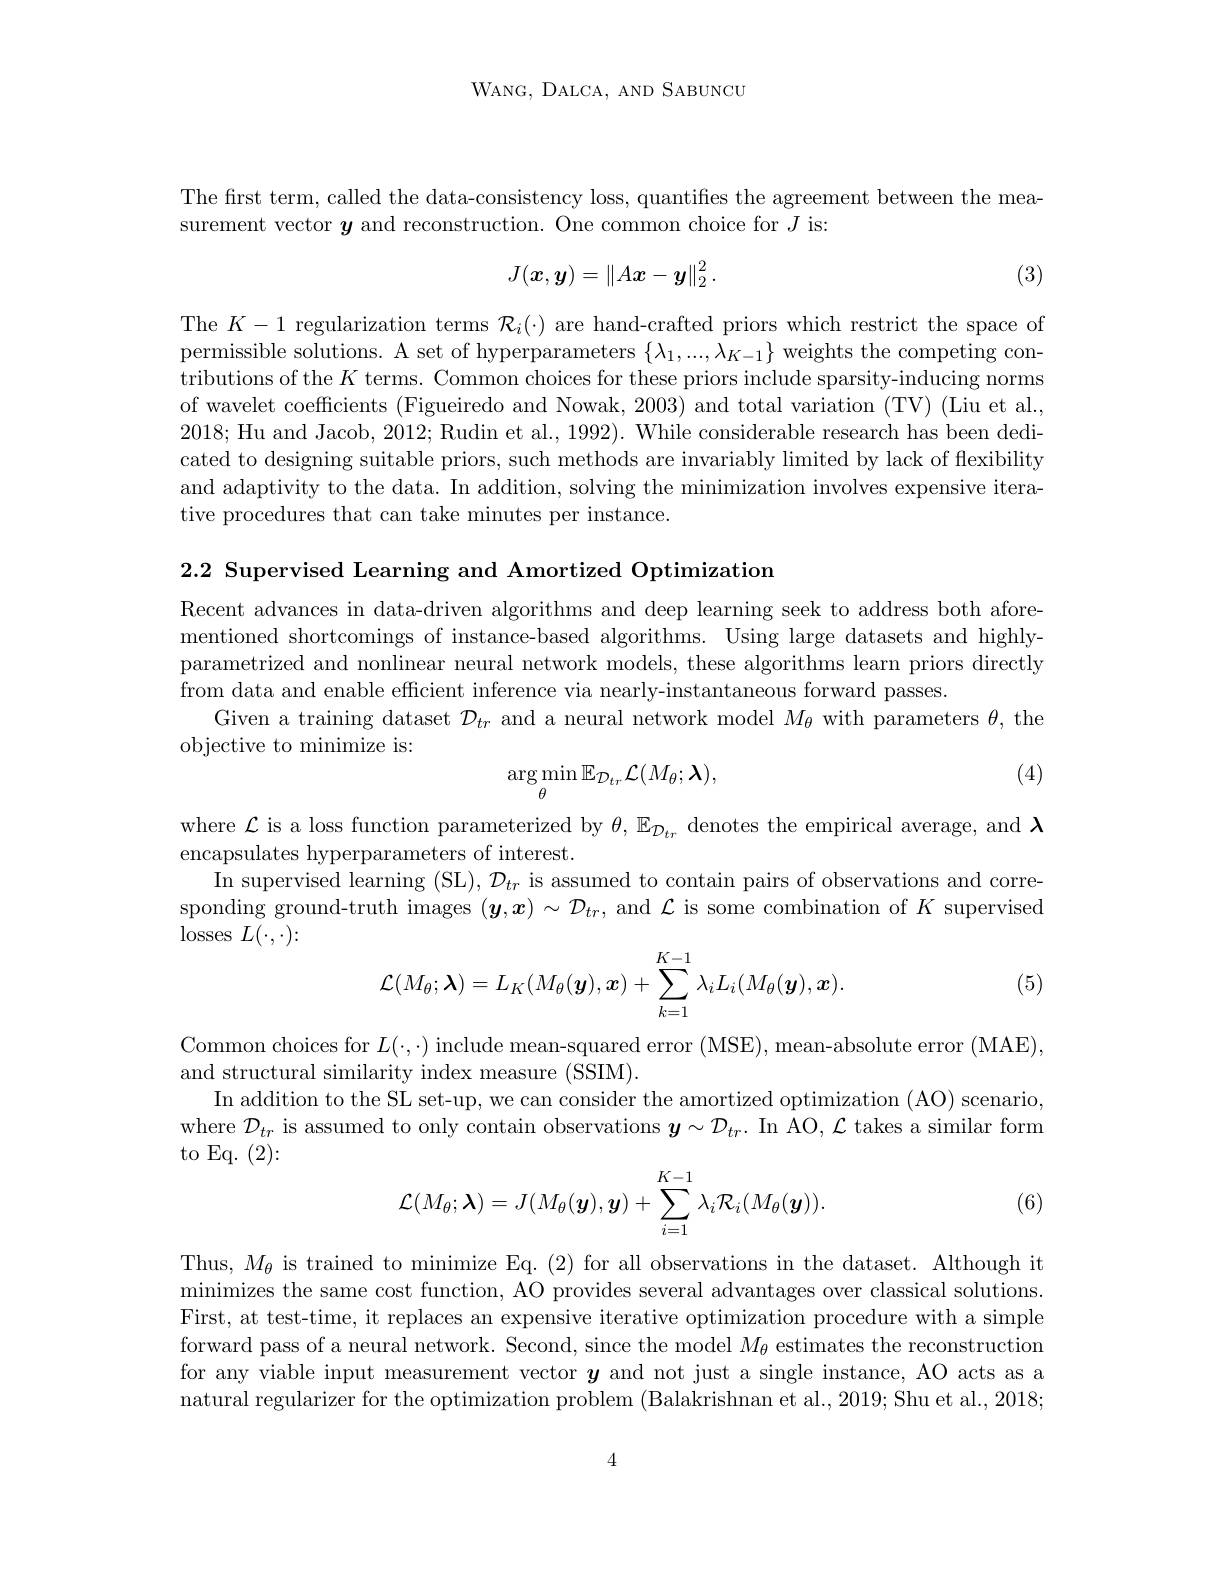
WANG, DALCA, AND SABUNCU

The first term, called the data-consistency loss, quantifies the agreement between the mea-
surement vector $\boldsymbol{y}$ and reconstruction. One common choice for $J$is:
$$J(\boldsymbol{x},\boldsymbol{y})=\left\|A\boldsymbol{x}-\boldsymbol{y}\right\|_2^2.$$
(3)

The $K-1$ regularization terms $\mathcal{R}_i(\cdot)$ are hand-crafted priors which restrict the space of permissible solutions. A set of hyperparameters $\{\lambda_1,...,\lambda_{K-1}\}$ weights the competing contributions of the $K$ terms. Common choices for these priors include sparsity-inducing norms of wavelet coefficients (Figueiredo and Nowak, 2003) and total variation (TV) (Liu et al., 2018; Hu and Jacob, 2012; Rudin et al., 1992). While considerable research has been dedicated to designing suitable priors, such methods are invariably limited by lack of flexibility and adaptivity to the data. In addition, solving the minimization involves expensive iterative procedures that can take minutes per instance.

2.2 Supervised Learning and Amortized Optimization

Recent advances in data-driven algorithms and deep learning seek to address both aforementioned shortcomings of instance-based algorithms. Using large datasets and highlyparametrized and nonlinear neural network models, these algorithms learn priors directly from data and enable efficient inference via nearly-instantaneous forward passes.
Given a training dataset $\mathcal{D}_tr$ and a neural network model $M_\theta$ with parameters $\theta$, the
objective to minimize is:

(4)
$$\arg\min_{\theta}\mathbb{E}_{\mathcal{D}_{tr}}\mathcal{L}(M_{\theta};\boldsymbol{\lambda}),$$
where $\mathcal{L}$ is a loss function parameterized by $\theta,\mathbb{E}_{{\mathcal{D}_{tr}}}$ denotes the empirical average, and $\lambda$
encapsulates hyperparameters of interest.
In supervised learning (SL), $\mathcal{D}_tr$ is assumed to contain pairs of observations and corresponding ground-truth images $(\boldsymbol y,\boldsymbol x)\sim\mathcal{D}_{tr}$, and $\mathcal{L}$ is some combination of $K$ supervised $\operatorname{losses}L(\cdot,\cdot)\colon$
$$\mathcal{L}(M_\theta;\boldsymbol{\lambda})=L_K(M_\theta(\boldsymbol{y}),\boldsymbol{x})+\sum_{k=1}^{K-1}\lambda_iL_i(M_\theta(\boldsymbol{y}),\boldsymbol{x}).$$
(5)

Common choices for $L(\cdot,\cdot)$ include mean-squared error (MSE),mean-absolute error (MAE),
and structural similarity index measure (SSIM).
In addition to the SL set-up, we can consider the amortized optimization (AO) scenario, where $\mathcal{D}_tr$ is assumed to only contain observations $\boldsymbol y\sim\mathcal{D}_tr.$ In AO, $\mathcal{L}$ takes a similar form to Eq. $(2)\colon$
$$\mathcal{L}(M_\theta;\boldsymbol{\lambda})=J(M_\theta(\boldsymbol{y}),\boldsymbol{y})+\sum_{i=1}^{K-1}\lambda_i\mathcal{R}_i(M_\theta(\boldsymbol{y})).$$
(6)

Thus, $M_{\theta}$ is trained to minimize Eq. (2) for all observations in the dataset. Although it minimizes the same cost function, AO provides several advantages over classical solutions. First, at test-time, it replaces an expensive iterative optimization procedure with a simple forward pass of a neural network. Second, since the model $M_\theta$ estimates the reconstruction for any viable input measurement vector $\boldsymbol y$ and not just a single instance, AO acts as a natural regularizer for the optimization problem (Balakrishnan et al.,2019; Shu et al., 2018;

4